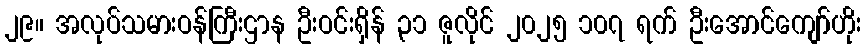
၂၉။ အလုပ်သမားဝန်ကြီးဌာန ဦးဝင်းရှိန် ၃၁ ဇူလိုင် ၂၀၂၅ ၁၀၇ ရက် ဦးအောင်ကျော်ဟိုး